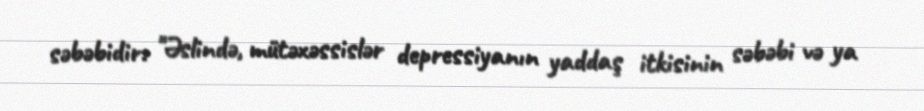
səbəbidir: "Əslində, mütəxəssislər depressiyanın yaddaş itkisinin səbəbi və ya